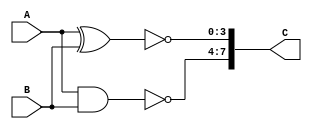
// case 2: A XNOR B in the lower four bits of ALUout and A NAND B in the upper four bits
module XNORNAND(A,B,C);
	input [3:0]A, B;
	output [7:0]C;
	assign C = {~(A&B), ~(A^B)};
endmodule

module case2(SW, ALUOut);
	input [7:0]SW;
	output [7:0]ALUOut;
		
	XNORNAND c3(.A(SW[3:0]), .B(SW[7:4]), .C(ALUOut));
endmodule